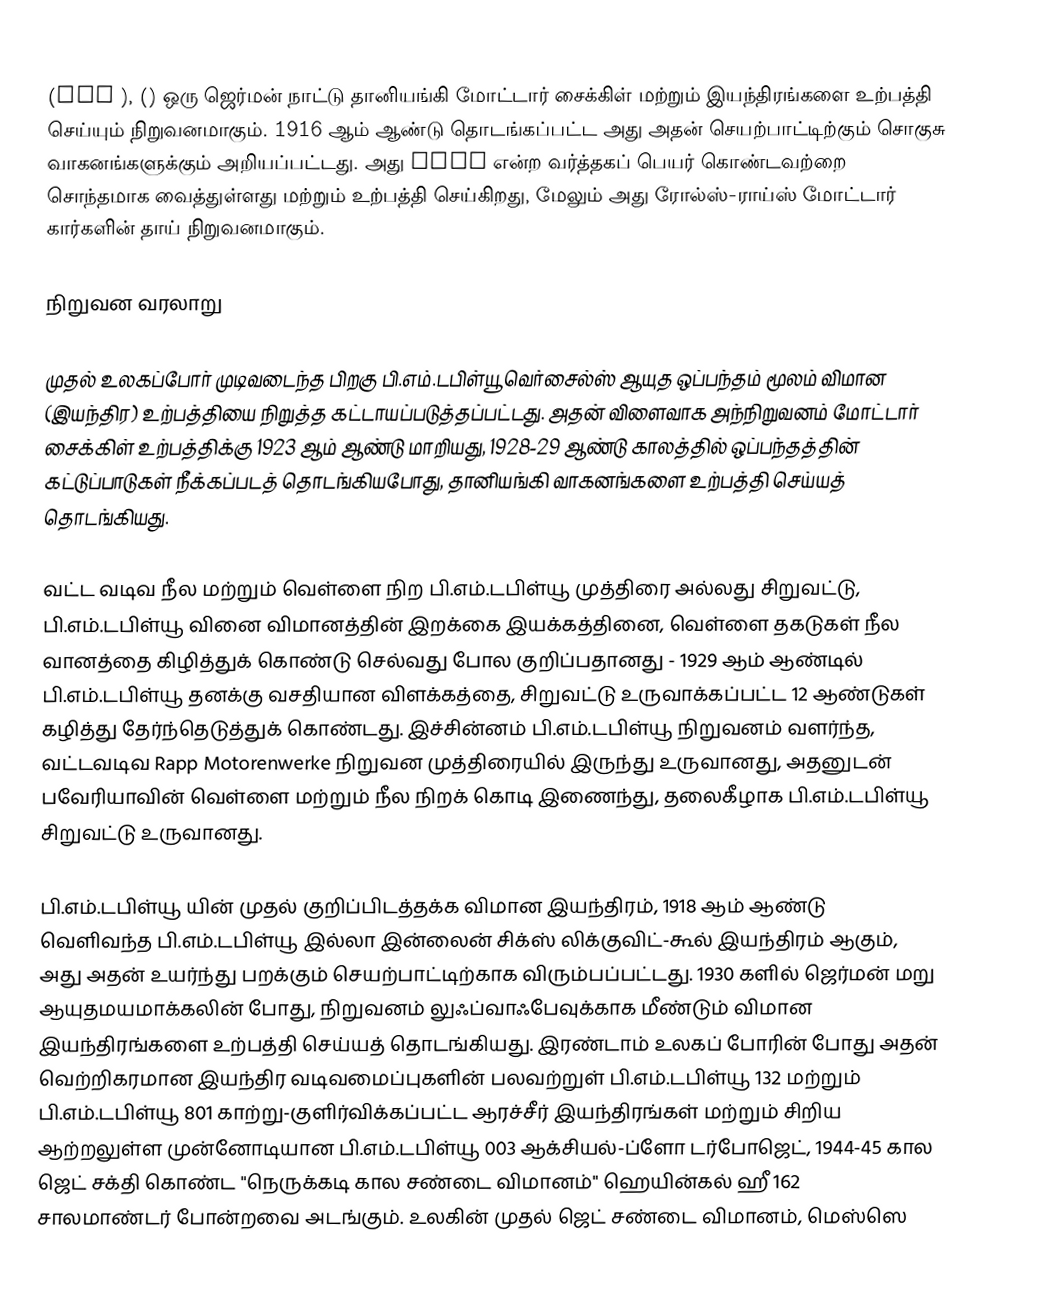
(BMW ), () ஒரு ஜெர்மன் நாட்டு தானியங்கி மோட்டார் சைக்கிள் மற்றும் இயந்திரங்களை உற்பத்தி செய்யும் நிறுவனமாகும். 1916 ஆம் ஆண்டு தொடங்கப்பட்ட அது அதன் செயற்பாட்டிற்கும் சொகுசு வாகனங்களுக்கும் அறியப்பட்டது. அது MINI என்ற வர்த்தகப் பெயர் கொண்டவற்றை சொந்தமாக வைத்துள்ளது மற்றும் உற்பத்தி செய்கிறது, மேலும் அது ரோல்ஸ்-ராய்ஸ் மோட்டார் கார்களின் தாய் நிறுவனமாகும்.

நிறுவன வரலாறு

முதல் உலகப்போர் முடிவடைந்த பிறகு பி.எம்.டபிள்யூ வெர்சைல்ஸ் ஆயுத ஒப்பந்தம் மூலம் விமான (இயந்திர) உற்பத்தியை நிறுத்த கட்டாயப்படுத்தப்பட்டது. அதன் விளைவாக அந்நிறுவனம் மோட்டார் சைக்கிள் உற்பத்திக்கு 1923 ஆம் ஆண்டு மாறியது, 1928-29 ஆண்டு காலத்தில் ஒப்பந்தத்தின் கட்டுப்பாடுகள் நீக்கப்படத் தொடங்கியபோது, தானியங்கி வாகனங்களை உற்பத்தி செய்யத் தொடங்கியது.

வட்ட வடிவ நீல மற்றும் வெள்ளை நிற பி.எம்.டபிள்யூ முத்திரை அல்லது சிறுவட்டு, பி.எம்.டபிள்யூ வினை விமானத்தின் இறக்கை இயக்கத்தினை, வெள்ளை தகடுகள் நீல வானத்தை கிழித்துக் கொண்டு செல்வது போல குறிப்பதானது - 1929 ஆம் ஆண்டில் பி.எம்.டபிள்யூ தனக்கு வசதியான விளக்கத்தை, சிறுவட்டு உருவாக்கப்பட்ட 12 ஆண்டுகள் கழித்து தேர்ந்தெடுத்துக் கொண்டது. இச்சின்னம் பி.எம்.டபிள்யூ நிறுவனம் வளர்ந்த, வட்டவடிவ Rapp Motorenwerke நிறுவன முத்திரையில் இருந்து உருவானது, அதனுடன் பவேரியாவின் வெள்ளை மற்றும் நீல நிறக் கொடி இணைந்து, தலைகீழாக பி.எம்.டபிள்யூ சிறுவட்டு உருவானது.

பி.எம்.டபிள்யூ யின் முதல் குறிப்பிடத்தக்க விமான இயந்திரம், 1918 ஆம் ஆண்டு வெளிவந்த பி.எம்.டபிள்யூ இல்லா இன்லைன் சிக்ஸ் லிக்குவிட்-கூல் இயந்திரம் ஆகும், அது அதன் உயர்ந்து பறக்கும் செயற்பாட்டிற்காக விரும்பப்பட்டது. 1930 களில் ஜெர்மன் மறு ஆயுதமயமாக்கலின் போது, நிறுவனம் லுஃப்வாஃபேவுக்காக மீண்டும் விமான இயந்திரங்களை உற்பத்தி செய்யத் தொடங்கியது. இரண்டாம் உலகப் போரின் போது அதன் வெற்றிகரமான இயந்திர வடிவமைப்புகளின் பலவற்றுள் பி.எம்.டபிள்யூ 132 மற்றும் பி.எம்.டபிள்யூ 801 காற்று-குளிர்விக்கப்பட்ட ஆரச்சீர் இயந்திரங்கள் மற்றும் சிறிய ஆற்றலுள்ள முன்னோடியான பி.எம்.டபிள்யூ 003 ஆக்சியல்-ப்ளோ டர்போஜெட், 1944-45 கால ஜெட் சக்தி கொண்ட "நெருக்கடி கால சண்டை விமானம்" ஹெயின்கல் ஹீ 162 சாலமாண்டர் போன்றவை அடங்கும். உலகின் முதல் ஜெட் சண்டை விமானம், மெஸ்ஸெ